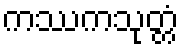
ကဿကသုတ္တံ